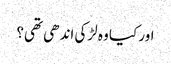
اور کیا وہ لڑکی اندھی تھی؟